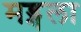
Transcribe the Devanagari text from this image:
मड्गला